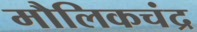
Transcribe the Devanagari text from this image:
मौलिकचंद्र